Report on vaccination in Madras 1895-1903 - 1895-1903
Year: 1895
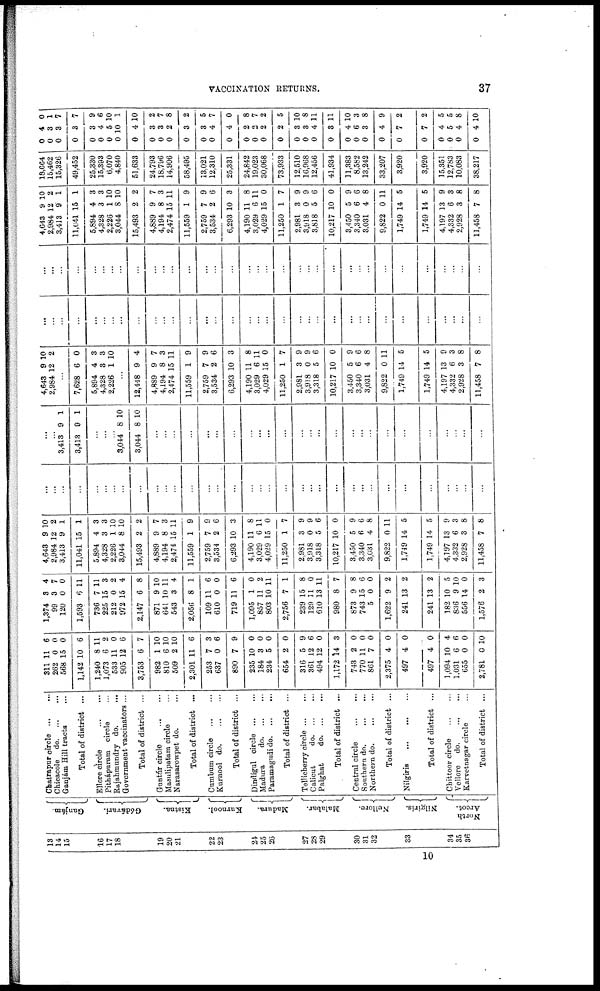
VACCINATION RETURNS.
37
18
14
15
16
17
18
19
20
21
22
23
24
25
26
27
28
29
30
31
32
33
34
35
36
Ganjám.
Gódávari.
Kistna.
Kurnool.
Madura.
Malabar.
Nellore.
Nilgiris.
North
Arcot.
Chatrapur circle
...
...
Chicacole d
o
. ... ...
Ganjám Hill tracts ...
Total of district ...
Ellore circle
...
...
Pithápuram circle ...
Rajahmundry do.
...
Government vaccinators ...
Total of district ...
Guntúr circle
...
...
Masulipatam circle ...
Narasarowpet do. ...
Total of district ...
Cumbum circle
...
...
Kurnool d
o
. ... ...
Total of district ...
Dindigul circle
...
...
Madura
d
o
. ... ...
Paramagudi do. ...
...
Total of district ...
Tellicherry circle ... ...
Calicut
do. ... ...
Palgbat
d
o
. ... ...
Total of district ...
Central circle
...
...
Southern do.
...
...
Northern d
o
. ... ...
Total of district ...
Nilgiris
...
...
...
Total of district ...
Chittoor circle
...
...
Vellore do.
...
...
Karvetnagar circle ...
Total of district ...
311
262
568
1,142
1,240
1,073
533
905
3,753
982
810
509
2,301
253
637
890
235
184
234
654
316
361
494
1,172
743
770
861
2,375
497
497
1,094
1,031
655
2,781
11
0
15
10
8
6
11
12
6
1
6
2
11
7
0
7
10
3
5
2
5
12
12
14
2
11
7
4
4
4
10
6
0
0
6
0
0
6
11
2
0
6
7
10
10
10
6
3
6
9
0
0
0
0
9
6
0
3
0
0
0
0
0
0
4
6
0
10
1,374
99
120
1,593
736
225
212
972
2,147
871
641
543
2,056
109
610
719
1,095
857
803
2,756
239
129
610
980
873
743
5
1,622
241
241
182
836
556
1,576
3
3
0
6
7
15
0
15
6
9
10
3
8
11
0
11
1
11
10
7
15
11
13
8
9
15
0
9
13
13
10
9
14
2
4
7
0
11
11
3
2
4
8
10
11
4
1
6
0
6
0
2
11
1
8
0
11
7
8
6
0
2
2
2
5
10
0
3
4,643
2,984
3,413
11,041
5,894
4,328
2,226
3,044
15,493
4,889
4,194
2,474
11,559
2,759
3,534
6,293
4,190
3,029
4,029
11,250
2,981
3,918
3,318
10,217
3,450
3,340
3,031
9,822
1,749
1,749
4,197
4,332
2,928
11,458
9
12
9
15
4
3
1
8
2
9
8
15
1
7
2
10
11
6
15
1
3
0
5
10
5
6
4
0
14
14
13
6
3
7
10
2
1
1
3
3
10
10
2
7
3
11
9
9
6
3
8
11
0
7
9
9
6
0
9
6
8
11
5
5
9
3
8
8
...
...
...
...
...
...
...
...
...
...
...
...
...
...
...
...
...
...
...
...
...
...
...
...
...
...
...
...
...
...
...
...
...
...
...
...
3,413
3,413
9
9
1
1
...
...
...
3,044
3,044
8
8
10
10
...
...
...
...
...
...
...
...
...
...
...
...
...
...
...
...
...
...
...
...
...
...
...
...
...
4,648
2,984
9
12
10
2
...
7,628
5,894
4,328
2,226
6
4
3
1
0
3
3
10
...
12,448
4,889
4,194
2,474
11,559
2,759
3,534
6,293
4,190
3,029
4,029
11,250
2,981
3,918
3,318
10,217
3,450
3,340
3,031
9,822
1,749
1,749
4,197
4,332
2,928
11,458
9
9
8
15
1
7
2
10
11
6
15
1
3
0
5
10
5
6
4
0
14
14
13
6
3
7
4
7
3
11
9
9
6
3
8
11
0
7
9
9
6
0
9
6
8
11
5
5
9
3
8
8
...
...
...
...
...
...
...
...
...
...
...
...
...
...
...
...
...
...
...
...
...
...
...
...
...
...
...
...
...
...
...
...
...
...
...
...
...
...
...
...
...
...
...
...
...
...
...
...
...
...
...
...
...
...
...
...
...
...
...
...
...
...
...
...
...
...
...
...
4,643
2,984
3,413
11,041
5,894
4,328
2,226
3,044
15,493
4,889
4,194
2,474
11,559
2,759
3,534
6,293
4,190
3,029
4,029
11,250
2,981
3,918
3,818
10,217
3,450
3,340
3,031
9,822
1,749
1,749
4,197
4,332
2,928
11,458
9
12
9
15
4
3
1
8
2
9
8
15
1
7
2
10
11
6
15
1
3
0
5
10
5
6
4
0
14
14
13
6
3
7
10
2
1
1
3
3
10
10
2
7
3
11
9
9
6
3
8
11
0
7
9
9
6
0
9
6
8
11
5
5
9
3
8
8
18,664
15,462
15,326
49,452
25,330
15,393
6,070
4,840
51,633
24,793
18,796
14,906
58,495
13,021
12,310
25,331
24,842
19,023
30,068
73,933
12,510
16,968
12,456
41,934
11,383
8,582
13,242
33,207
3,920
3,920
15,351
12,783
10,083
38,217
0
0
0
0
0
0
0
0
0
0
0
0
0
0
0
0
0
0
0
0
0
0
0
0
0
0
0
0
0
0
0
0
0
0
4
3
3
3
3
4
5
10
4
3
3
2
3
3
4
4
2
2
2
2
3
3
4
3
4
6
3
4
7
7
4
5
4
4
0
1
7
7
9
6
10
1
10
2
7
8
2
5
7
0
8
7
2
5
10
8
11
11
10
3
8
9
2
2
5
5
8
10
10